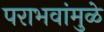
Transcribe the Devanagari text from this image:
पराभवांमुळे